Insane asylums Bombay 1873-77 - 1873-1877
Year: 1873
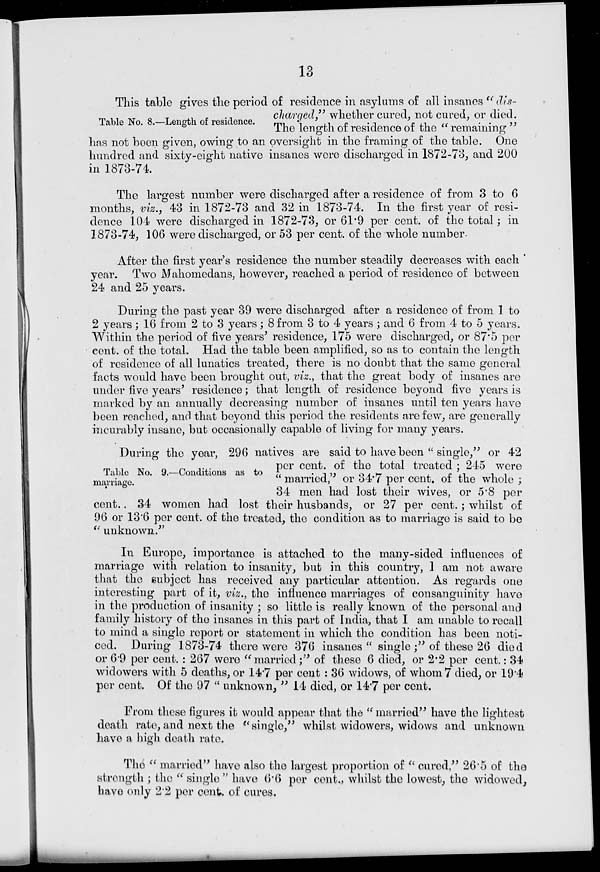
13
Table No. 8.—Length of residence.
This table gives the period of residence in asylums of all insanes " dis-
charged," whether cured, not cured, or died.
The length of residence of the " remaining "
has not been given, owing to an oversight in the framing of the table. One
hundred and sixty-eight native insanes were discharged in 1872-73, and 200
in 1873-74.
The largest number were discharged after a residence of from 3 to 6
months, viz., 43 in 1872-73 and 32 in 1873-74. In the first year of resi-
dence 104 were discharged in 1872-73, or 61.9 per cent, of the total; in
1873-74, 106 were discharged, or 53 per cent, of the whole number
After the first year's residence the number steadily decreases with each
year. Two Mahomedans, however, reached a period of residence of between
24 and 25 years.
During the past year 39 were discharged after a residence of from 1 to
2 years; 16 from 2 to 3 years; 8 from 3 to 4 years; and 6 from 4 to 5 years.
Within the period of five years' residence, 175 were discharged, or 87.5 per
cent. of the total. Had the table been amplified, so as to contain the length
of residence of all lunatics treated, there is no doubt that the same general
facts would have been brought out, viz., that the great body of insanes are
under five years' residence; that length of residence beyond five years is
marked by an annually decreasing number of insanes until ten years have
been reached, and that beyond this period the residents are few, are generally
incurably insane, but occasionally capable of living for many years.
Table No. 9.—Conditions as to
marriage.
During the year, 296 natives are said to have been " single," or 42
per cent. of the total treated ; 245 were
" married," or 34.7 per cent. of the whole ;
34 men had lost their wives, or 5.8 per
cent.. 34 women had lost their husbands, or 27 per cent.; whilst of
96 or 13.6 per cent. of the treated, the condition as to marriage is said to be
" unknown.''
In Europe, importance is attached to the many-sided influences of
marriage with relation to insanity, but in this country, 1 am not aware
that the subject has received any particular attention. As regards one
interesting part of it, viz., the influence marriages of consanguinity have
in the production of insanity ; so little is really known of the personal and
family history of the insanes in this part of India, that I am unable to recall
to mind a single report or statement in which the condition has been noti-
ced. During 1873-74 there were 376 insanes" single;" of these 26 died
or 6.9 per cent. : 267 were "married;" of these 6 died, or 2.2 per cent.: 34
widowers with 5 deaths, or 14.7 per cent : 36 widows, of whom 7 died, or 19.4
per cent. Of the 97 " unknown, " 14 died, or 14.7 per cent.
From these figures it would appear that the " married" have the lightest
death rate, and next the "single," whilst widowers, widows and unknown
have a high death rate.
The " married" have also the largest proportion of " cured," 26.5 of the
strength ; the " single " have 6.6 per cent., whilst the lowest, the widowed,
have only 2.2 per cent. of cures.